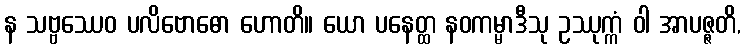
န သဗ္ဗဿေဝ ပလိဗောဓော ဟောတိ။ ယော ပနေတ္ထ နဝကမ္မာဒီသု ဥဿုက္ကံ ဝါ အာပဇ္ဇတိ,